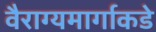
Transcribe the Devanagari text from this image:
वैराग्यमार्गाकडे